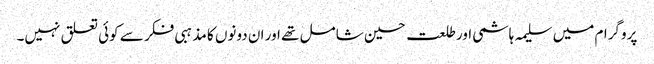
پروگرام میں سلیمہ ہاشمی اور طلعت حسین شامل تھے اور ان دونوں کا مذہبی فکر سے کوئی تعلق نہیں۔